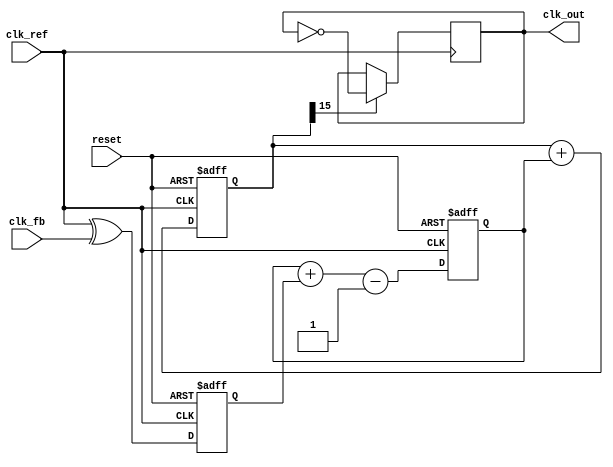
module ADPLL (
    input wire clk_ref,         // Reference Clock
    input wire clk_fb,          // Feedback Clock
    input wire reset,           // Reset signal
    output reg clk_out          // Output Clock
);

// Parameter definitions
parameter NCO_WIDTH = 16;     // Width of the NCO accumulator
parameter LF_WIDTH = 8;        // Width of Loop Filter output
parameter MEMORY_SIZE = 256;   // Size of memory blocks

// Internal signals
reg [NCO_WIDTH-1:0] nco_phase_accumulator; // NCO phase accumulator
reg [LF_WIDTH-1:0] loop_filter_output;      // Output from loop filter
reg [LF_WIDTH-1:0] memory_block [0:MEMORY_SIZE-1]; // Memory blocks for control words
reg phase_detector_out;                     // Output of phase detector
reg [3:0] control_word_index;               // Index for control word from memory

// Phase Detector
always @(posedge clk_ref or posedge reset) begin
    if (reset) begin
        phase_detector_out <= 0;
    end else begin
        // Simple phase detector logic (can be optimized)
        phase_detector_out <= (clk_ref ^ clk_fb); // XOR for phase difference indication
    end
end

// Loop Filter (Simple First Order)
always @(posedge clk_ref or posedge reset) begin
    if (reset) begin
        loop_filter_output <= 0;
    end else begin
        // Assume a simple low-pass filter implementation (with some gain factor)
        loop_filter_output <= loop_filter_output + phase_detector_out - 1'b1; // Adjust gain as needed
    end
end

// Numerically Controlled Oscillator (NCO)
always @(posedge clk_ref or posedge reset) begin
    if (reset) begin
        nco_phase_accumulator <= 0;
    end else begin
        // Update phase accumulator using loop filter output
        nco_phase_accumulator <= nco_phase_accumulator + loop_filter_output;
    end
end

// Output Clock Generation (NCO output)
always @(posedge clk_ref) begin
    // Generate clk_out based on the phase accumulator
    if (nco_phase_accumulator[NCO_WIDTH-1]) begin
        clk_out <= ~clk_out; // Toggle the output clock
    end
end

// Memory usage (example: loading a control word)
initial begin
    // Load example control words into memory blocks (this can be changed as per requirement)
    memory_block[0] = 8'd10;
    memory_block[1] = 8'd20;
    // Continue initializing the memory blocks as needed...
end

endmodule